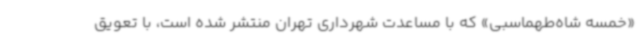
«خمسه شاه‌طهماسبی» که با مساعدت شهرداری تهران منتشر شده است، با تعویق